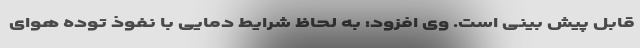
قابل پیش بینی است. وی افزود: به لحاظ شرایط دمایی با نفوذ توده هوای